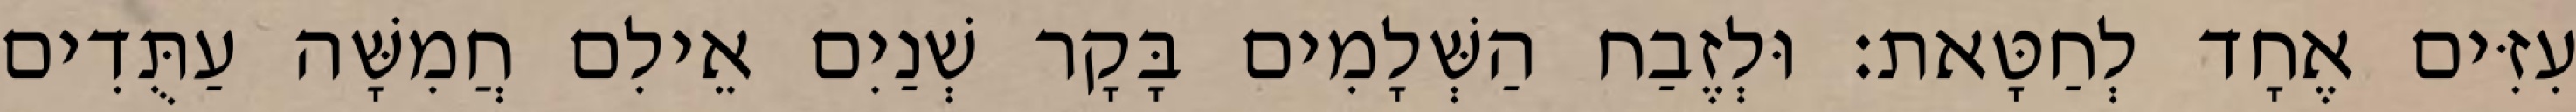
עִזִּים אֶחָד לְחַטָּאת׃ וּלְזֶבַח הַשְּׁלָמִים בָּקָר שְׁנַיִם אֵילִם חֲמִשָּׁה עַתֻּדִים